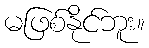
မဖြစ်နိုင်ဘူး။